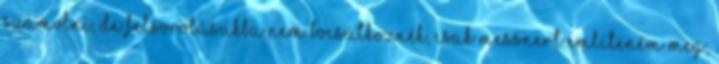
számolni, de felsorolásukba nem bocsátkoznék, csak Messnert említeném meg,